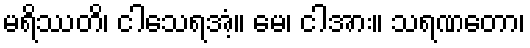
မရိဿတိ၊ ငါသေရအံ့။ မေ၊ ငါအား။ သရဏတော၊